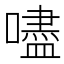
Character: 嚍